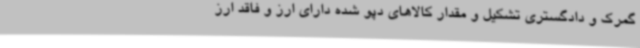
گمرک و دادگستری تشکیل و مقدار کالاهای دپو شده دارای ارز و فاقد ارز